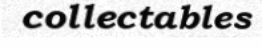
collectables